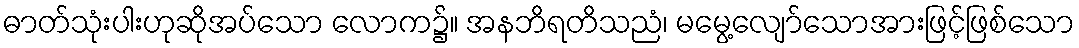
ဓာတ်သုံးပါးဟုဆိုအပ်သော လောက၌။ အနဘိရတိသညံ၊ မမွေ့လျော်သောအားဖြင့်ဖြစ်သော